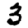
Digit: 3